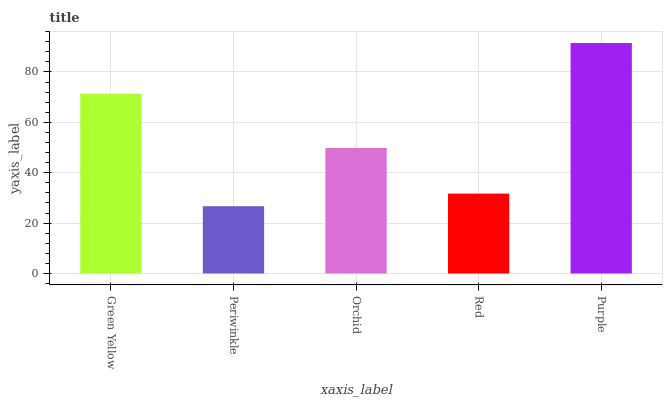
| xaxis_label | bars |
 | --- | --- |
 | Green Yellow | 71.4 |
 | Periwinkle | 26.7 |
 | Orchid | 49.8 |
 | Red | 31.7 |
 | Purple | 91.5 |